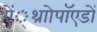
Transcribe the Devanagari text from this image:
ऐं्थ्राोपॉएडों